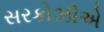
સરકોઝીએ